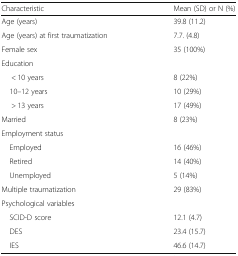
| Characteristic | Mean (SD) or N (%) |
 | --- | --- |
 | Age (years) | 39.8 (11.2) |
 | Age (years) at first traumatization | 7.7. (4.8) |
 | Female sex | 35 (100%) |
 | Education |  |
 | < 10 years | 8 (22%) |
 | 10–12 years | 10 (29%) |
 | > 13 years | 17 (49%) |
 | Married | 8 (23%) |
 | <COLSPAN=2> Employment status |
 | Employed | 16 (46%) |
 | Retired | 14 (40%) |
 | Unemployed | 5 (14%) |
 | Multiple traumatization | 29 (83%) |
 | Psychological variables |  |
 | SCID-D score | 12.1 (4.7) |
 | DES | 23.4 (15.7) |
 | IES | 46.6 (14.7) |